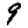
Digit: 9